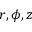
r , \phi , z